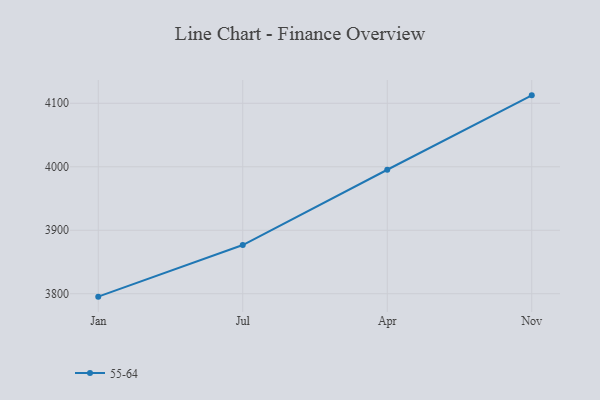
{"axis": {"x": "Month", "y": "Gross Profit (USD K)"}, "legend": ["55-64"], "data": [{"x": "Jan", "y": 3795.4, "type": "55-64"}, {"x": "Jul", "y": 3876.7, "type": "55-64"}, {"x": "Apr", "y": 3995.3, "type": "55-64"}, {"x": "Nov", "y": 4112.5, "type": "55-64"}]}